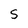
Character: S